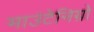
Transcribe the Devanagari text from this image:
माउंटेनिग्रो